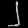
Digit: ၂